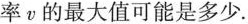
率v的最大值可能是多少.